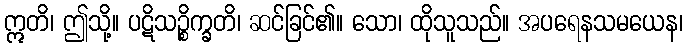
ဣတိ၊ ဤသို့။ ပဋိသဉ္စိက္ခတိ၊ ဆင်ခြင်၏။ သော၊ ထိုသူသည်။ အပရေနသမယေန၊